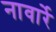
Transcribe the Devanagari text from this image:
नावार्रे